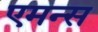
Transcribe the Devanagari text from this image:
एमन्स